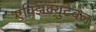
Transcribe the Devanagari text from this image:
एक्झिक्युटेबल